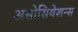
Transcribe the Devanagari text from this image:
असोसियेशन्स